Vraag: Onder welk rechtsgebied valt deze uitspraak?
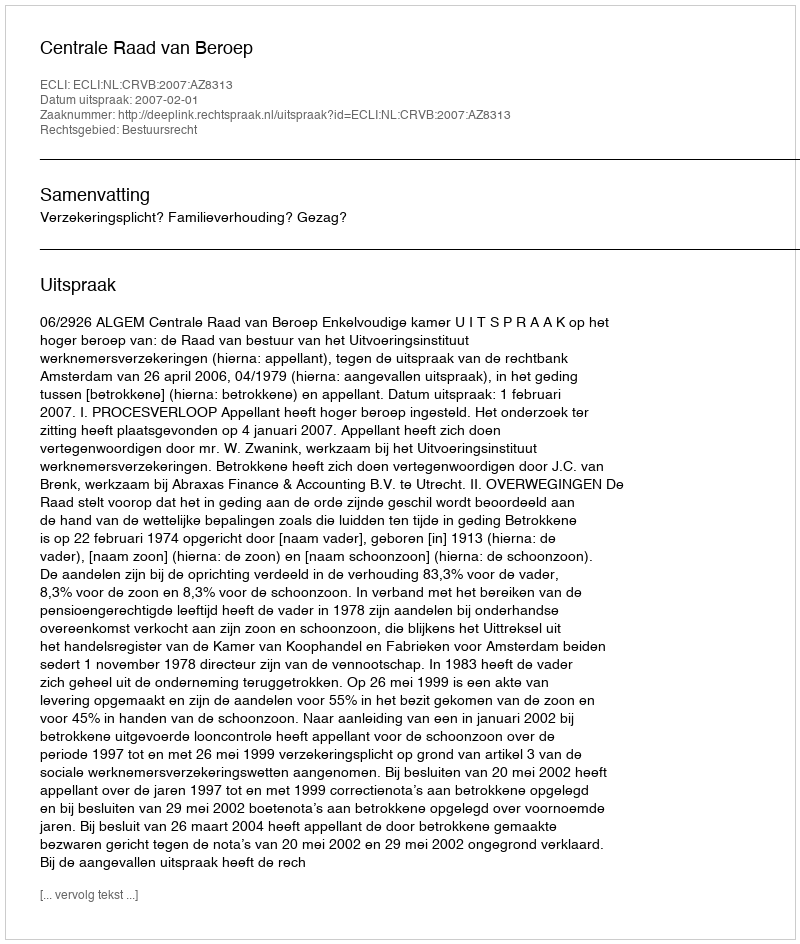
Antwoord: Bestuursrecht